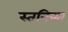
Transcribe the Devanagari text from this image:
स्तनिका